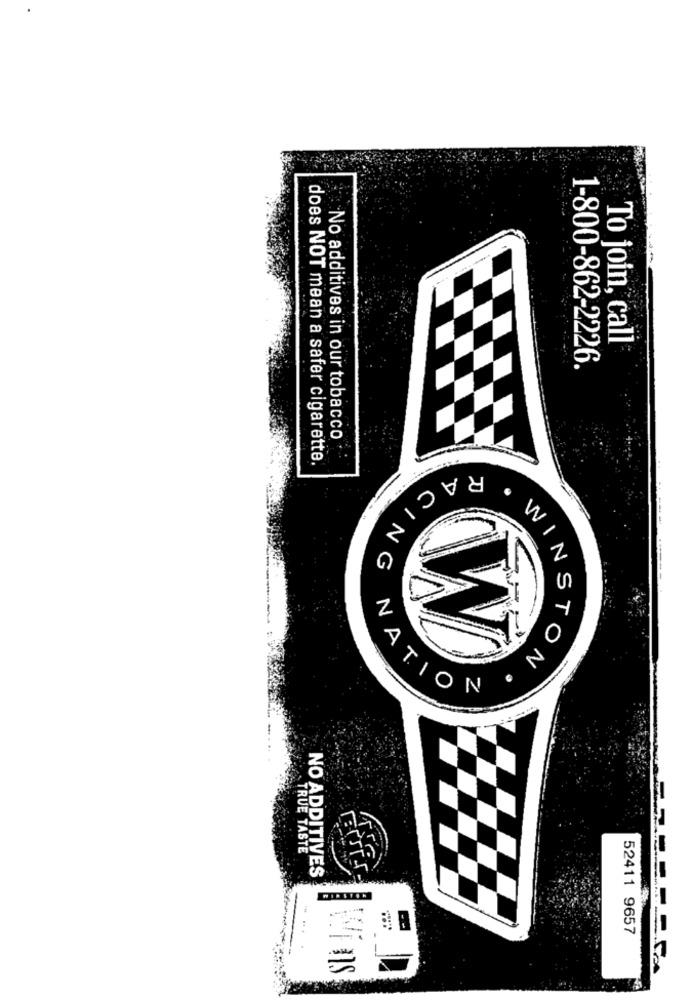
To join, call
1-800-862-2226.
No additives in our tobacco
does NOT mean a safer cigarette.
R
W
N
G
N
STO
N
ATION
TRUE TASTE
NO ADDITIVES
52411 9657
Wins